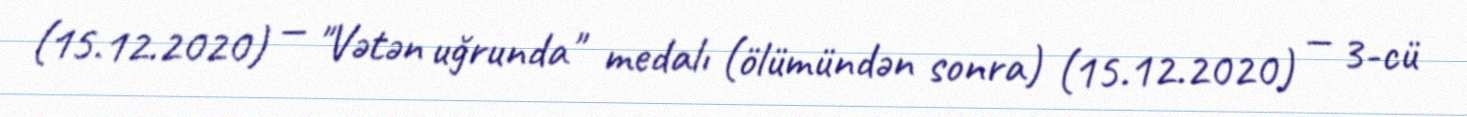
(15.12.2020) — "Vətən uğrunda" medalı (ölümündən sonra) (15.12.2020) — 3-cü